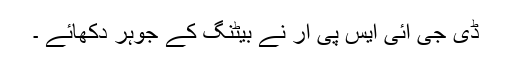
ڈی جی آئی ایس پی آر نے بیٹنگ کے جوہر دکھائے ۔